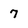
Character: 7